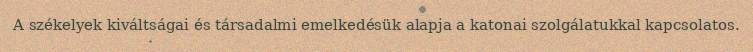
A székelyek kiváltságai és társadalmi emelkedésük alapja a katonai szolgálatukkal kapcsolatos.